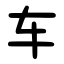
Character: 车